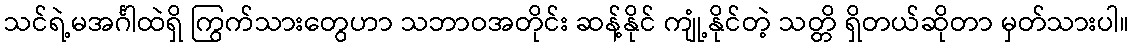
သင်ရဲ့မအင်္ဂါထဲရှိ ကြွက်သားတွေဟာ သဘာဝအတိုင်း ဆန့်နိုင် ကျုံ့နိုင်တဲ့ သတ္တိ ရှိတယ်ဆိုတာ မှတ်သားပါ။